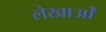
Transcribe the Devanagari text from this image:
लेखाओं